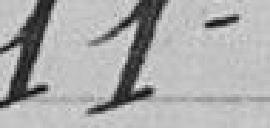
11°